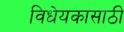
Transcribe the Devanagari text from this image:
विधेयकासाठी